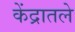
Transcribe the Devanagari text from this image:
केंद्रातले